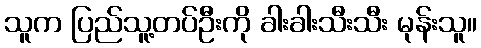
သူက ပြည်သူ့တပ်ဦးကို ခါးခါးသီးသီး မုန်းသူ။